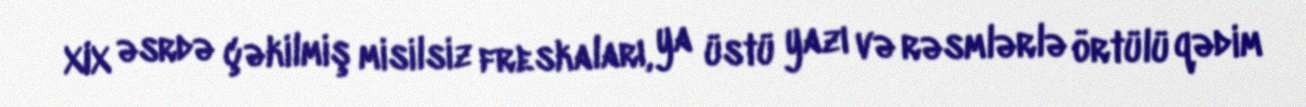
XIX əsrdə çəkilmiş misilsiz freskaları, ya üstü yazı və rəsmlərlə örtülü qədim